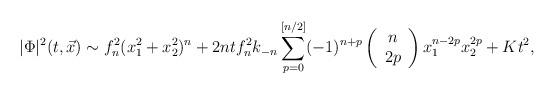
LaTeX: \begin{align*}|\Phi|^{2} (t,\vec{x}) \sim f_{n}^{2} (x_{1}^{2} + x_{2}^{2})^{n} +2ntf_{n}^{2} k_{-n} \sum_{p=0}^{[n/2]} (-1)^{n+p}\left(\begin{array}{c}n \\ 2p\end{array}\right)x_{1}^{n-2p} x_{2}^{2p} + Kt^2,\end{align*}